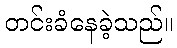
တင်းခံနေခဲ့သည်။